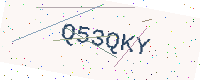
Text: Q53QKY